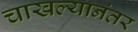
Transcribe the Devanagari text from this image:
चाखल्यानंतर